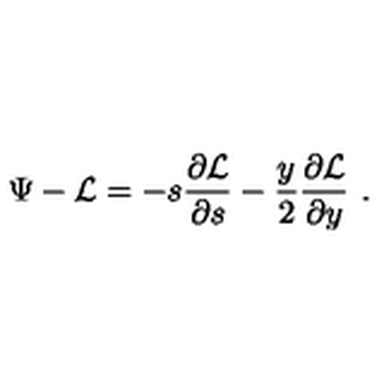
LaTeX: \Psi - { \cal L } = - s { \frac { \partial { \cal L } } { \partial s } } - { \frac { y } { 2 } } { \frac { \partial { \cal L } } { \partial y } } \ .